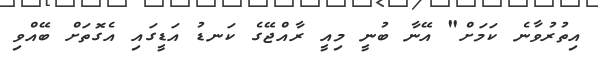
އިތުރުވާނެ ކަމަށް" އޭނާ ބުނީ މިއީ ރާއްޖޭގެ ކަނޑު އަޑީގައި އެގޮތަށް ބޭއްވި